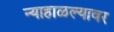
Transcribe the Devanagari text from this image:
न्याहाळल्यावर